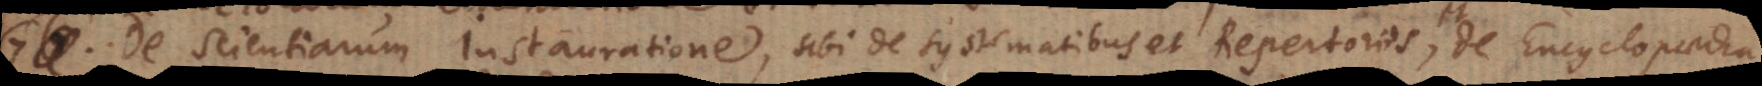
7) De Scientiarum Instauratione, ubi de Systematibus et Repertoriis, et de Encyclopaedia